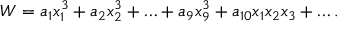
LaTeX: W = a _ { 1 } x _ { 1 } ^ { 3 } + a _ { 2 } x _ { 2 } ^ { 3 } + \ldots + a _ { 9 } x _ { 9 } ^ { 3 } + a _ { 1 0 } x _ { 1 } x _ { 2 } x _ { 3 } + \ldots .